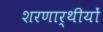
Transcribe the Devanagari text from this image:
शरणार्थीयों